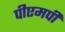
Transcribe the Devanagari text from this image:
पीएमपी